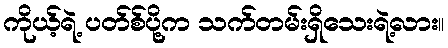
ကိုယ့်ရဲ့ ပတ်စ်ပို့က သက်တမ်းရှိသေးရဲ့လား။